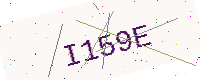
Text: I159E